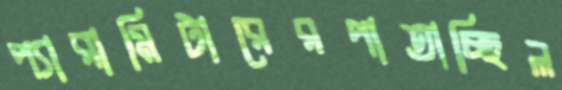
প্যারামিটারেরপাতাচ্ছিল